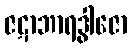
ဇဋာဘာရဒွါဇော